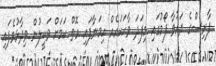
ފާރިސްގެ ދައުވާ ފޯމުގައި މިފަދަ ވާހަކައެއް ހިމަނާފައި އޮތް ކަމަށް ވަކީލުން ވިދާޅުވެފައި